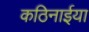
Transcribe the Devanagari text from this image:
कठिनाईया